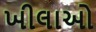
ખીલાઓ